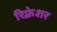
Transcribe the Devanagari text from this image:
रिफ़्रेशर